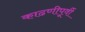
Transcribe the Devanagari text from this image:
काढणीपूर्वी